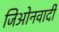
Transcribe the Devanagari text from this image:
जिओनवादी